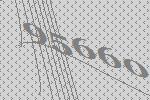
95660